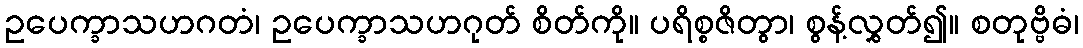
ဥပေက္ခာသဟဂတံ၊ ဥပေက္ခာသဟဂုတ် စိတ်ကို။ ပရိစ္စဇိတွာ၊ စွန့်လွှတ်၍။ စတုဗ္ဗိဓံ၊